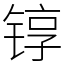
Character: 𬭚